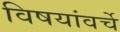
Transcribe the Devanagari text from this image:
विषयांवर्चे